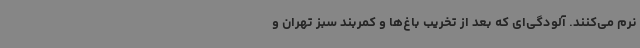
نرم می‌کنند. آلودگی‌ای که بعد از تخریب باغ‌ها و کمربند سبز تهران و